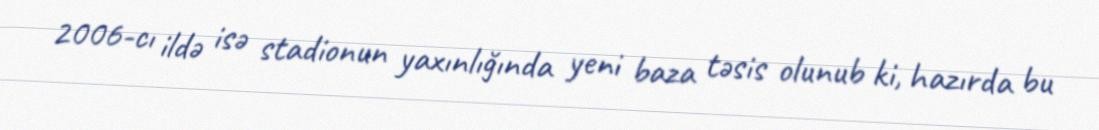
2006-cı ildə isə stadionun yaxınlığında yeni baza təsis olunub ki, hazırda bu